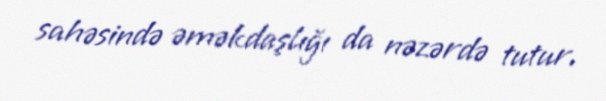
sahəsində əməkdaşlığı da nəzərdə tutur.